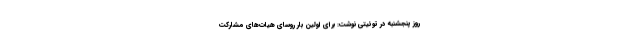
روز پنجشنبه در توئیتی نوشت: برای اولین بار روسای هیات‌های مشارکت‌